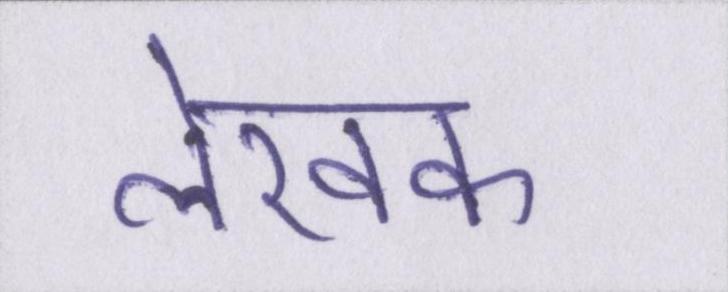
लेखक